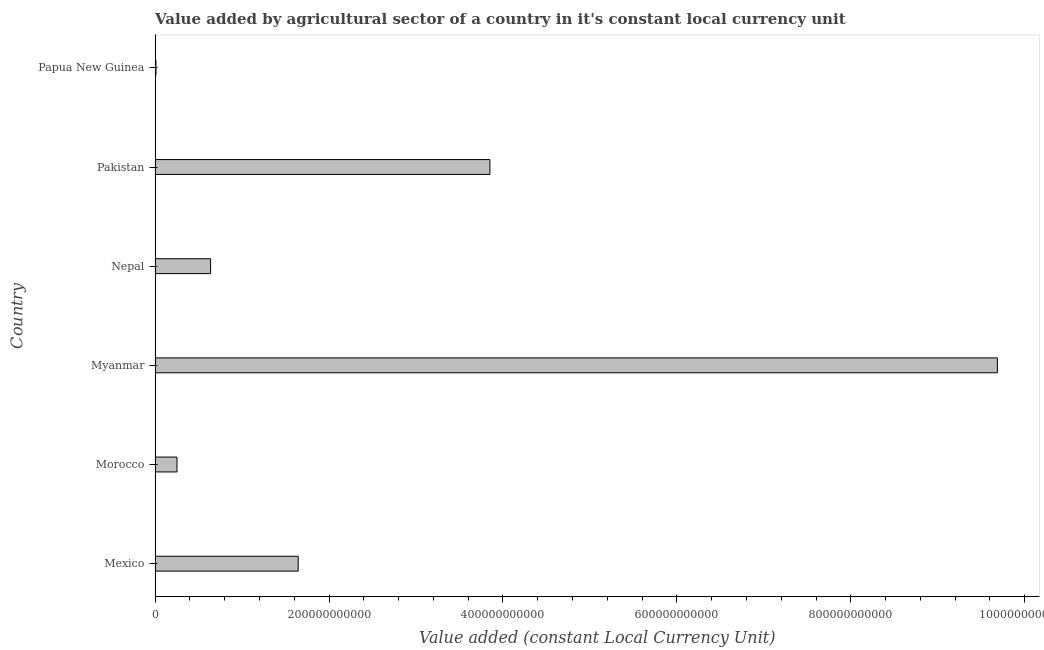
| Country | Agriculture |
 | --- | --- |
 | Mexico | 1.65e+11 |
 | Morocco | 2.52e+10 |
 | Myanmar | 9.69e+11 |
 | Nepal | 6.38e+10 |
 | Pakistan | 3.85e+11 |
 | Papua New Guinea | 1.05e+09 |